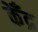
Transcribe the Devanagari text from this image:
केँद्र